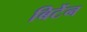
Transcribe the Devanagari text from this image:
बिर्टेन